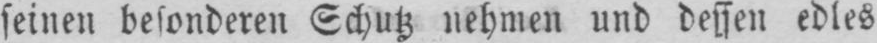
seinen besonderen Schutz nehmen und dessen edles